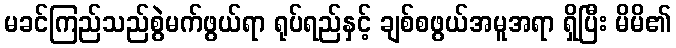
မခင်ကြည်သည်စွဲမက်ဖွယ်ရာ ရုပ်ရည်နှင့် ချစ်စဖွယ်အမူအရာ ရှိပြီး မိမိ၏